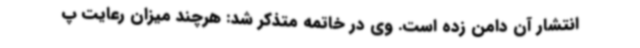
انتشار آن دامن زده است. وی در خاتمه متذکر شد: هرچند میزان رعایت پ